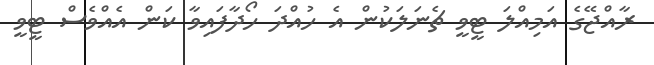
ރާއްޖޭގެ އަމިއްލަ ޓީވީ ޗެނަލަކުން އެ ހުއްދަ ހޯދާފައިވާ ކަން އެެއްވެސް ޓީވީ